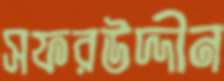
সফরউদ্দীন